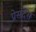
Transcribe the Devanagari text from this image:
प्रेसदेस